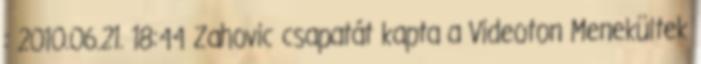
: 2010.06.21. 18:44 Zahovic csapatát kapta a Videoton Menekültek